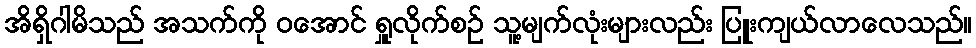
အိရှိဂါမိသည် အသက်ကို ဝအောင် ရှူလိုက်စဉ် သူ့မျက်လုံးများလည်း ပြူးကျယ်လာလေသည်။